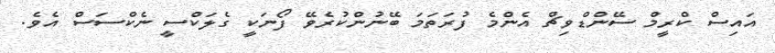
އައިސް ކްރީމް ސޭންޑްވިޗް އެންމެ ފުރަތަމަ ބޭނުންކުރެވޭ ފޯނަކީ ގެލަކްސީ ނެކްސަސް އެވެ.